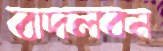
বাদলবন